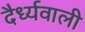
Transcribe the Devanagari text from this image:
दैर्ध्यवाली